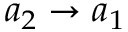
a _ { 2 } \rightarrow a _ { 1 }